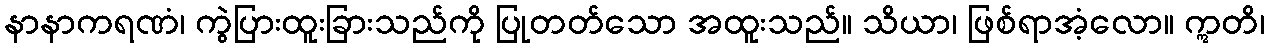
နာနာကရဏံ၊ ကွဲပြားထူးခြားသည်ကို ပြုတတ်သော အထူးသည်။ သိယာ၊ ဖြစ်ရာအံ့လော။ ဣတိ၊